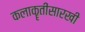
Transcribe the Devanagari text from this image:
कलाकॄतींसारखी